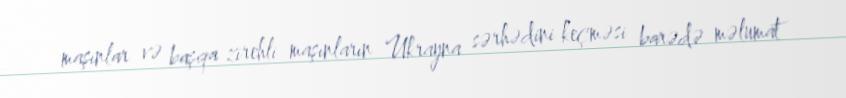
maşınlar və başqa zirehli maşınların Ukrayna sərhədini keçməsi barədə məlumat